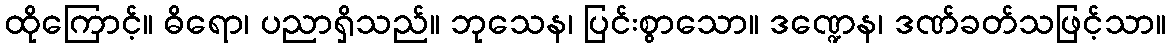
ထိုကြောင့်။ ဓိရော၊ ပညာရှိသည်။ ဘုသေန၊ ပြင်းစွာသော။ ဒဏ္ဍေန၊ ဒဏ်ခတ်သဖြင့်သာ။